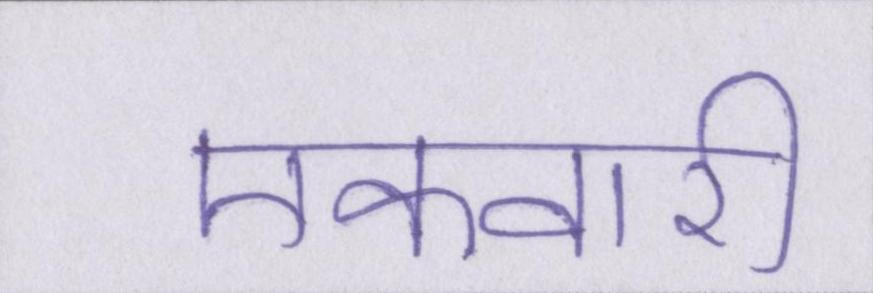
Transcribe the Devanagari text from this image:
एकवारी